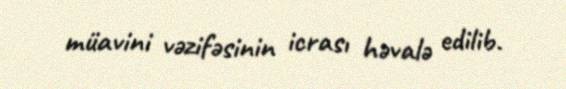
müavini vəzifəsinin icrası həvalə edilib.